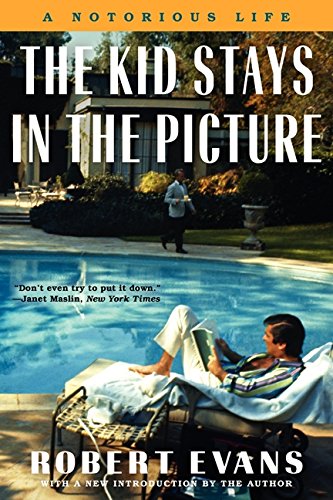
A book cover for The Kid Stays in the Picture: A Notorious Life; Robert Evans; Biographies & Memoirs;